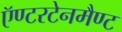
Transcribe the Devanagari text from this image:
ऍण्टरटेनमैण्ट